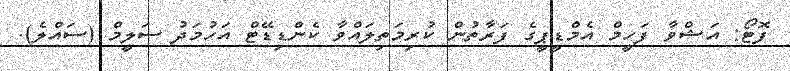
ފޮޓޯ: އަޝްވާ ފަހީމް އެމްޑީޕީގެ ފަރާތުން ކުރިމަތިލައްވާ ކެންޑިޑޭޓް އަހުމަދު ސަލީމް (ސައްލެ).